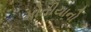
મોતીયાનો